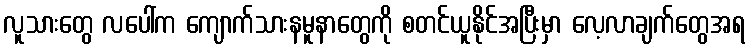
လူသားတွေ လပေါ်က ကျောက်သားနမူနာတွေကို စတင်ယူနိုင်အပြီးမှာ လေ့လာချက်တွေအရ